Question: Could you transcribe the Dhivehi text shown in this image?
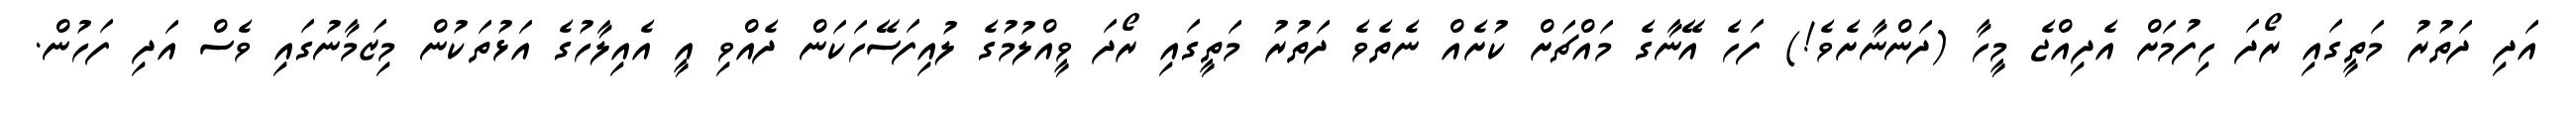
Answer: އަދި ދަތުރު މަތީގައި ރޯދަ ހިފުމަށް އެދިއްޖެ މީހާ (ދަންނާށެވެ!) ފަހެ އޭނާގެ މައްޗަށް ކުށެއް ނެތެވެ ދަތުރު މަތީގައި ރޯދަ ވީއްލުމުގެ ލުއިފަސޭހަކަން ދެއްވި އީ އެއިލާހުގެ އަޅުތަކުން މިޒަމާނުގައި ވެސް އަދި ފަހުން.